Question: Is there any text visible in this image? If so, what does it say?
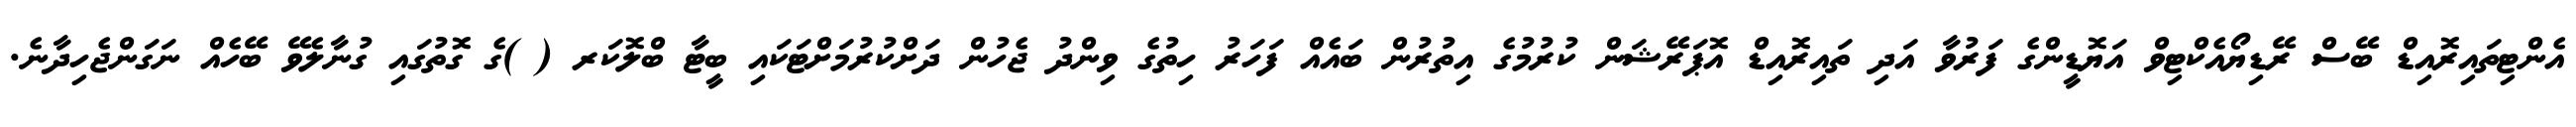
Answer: އެންޓިތައިރޮއިޑް ބޭސް ރޭޑިޔޯއެކްޓިވް އަޔޮޑީންގެ ފަރުވާ އަދި ތައިރޮއިޑް އޮޕަރޭޝަން ކުރުމުގެ އިތުރުން ބައެއް ފަހަރު ހިތުގެ ވިންދު ޖެހުން ދަށްކުރުމަށްޓަކައި ބީޓާ ބްލޮކަރ ( )ގެ ގޮތުގައި ގުނާލެވޭ ބޭހެއް ނަގަންޖެހިދާނެ.